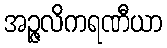
အဉ္ဇလိကရဏီယာ